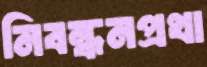
নিবন্ধনপ্রথা